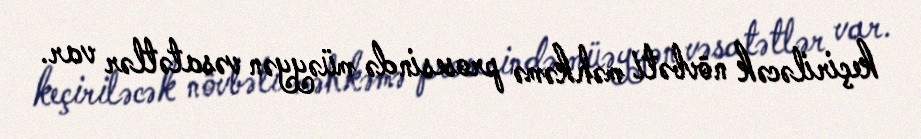
keçiriləcək növbəti məhkəmə prosesində müəyyən vəsatətlər var.